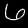
Label: 6